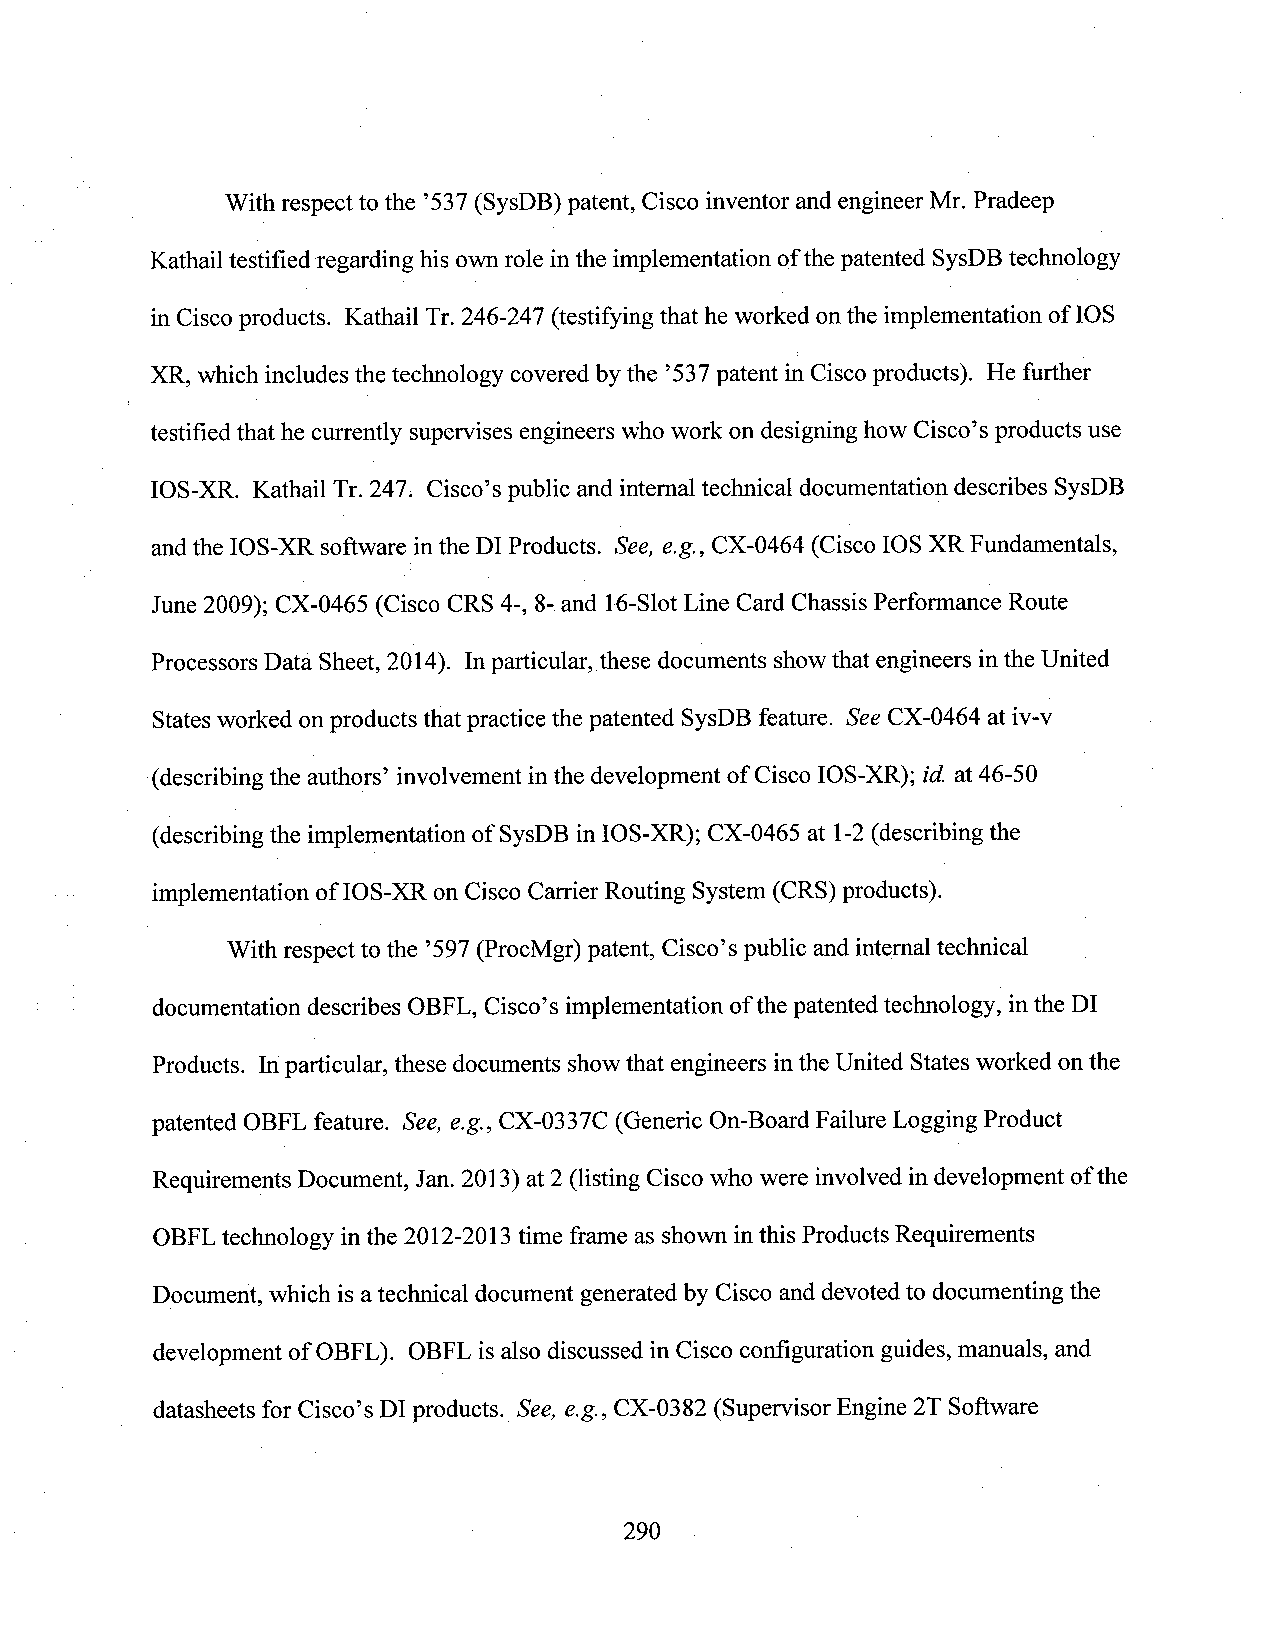
With respect to the ’537(SysDB) patent, Cisco inventor and engineer Mr. Pradeep
 Kathailtestified regarding his ownrole in the implementation ofthe patented SysDB technology
 in Ciscoproducts. Kathail Tr. 246-247 (testifying that he worked onthe implementation of IOS
 XR, which includes the technology covered by the ’537patent in Cisco products). He further
 testified that he currently supervises engineers who work on designinghow Cisco’s products use
 IOS-XR. Kathail Tr. 247. Cisco’s public and internal technical documentation describes SysDB
 andthe IOS-XR software in the DI Products. See, e.g.,CX-0464 (Cisco IOS XR Fundamentals,
 June 2009); CX-0465 (Cisco CRS 4-, 8-and 16-Slot Line Card Chassis Performance Route
 Processors Data Sheet, 2014). Inparticular, these documents showthat engineers in the United
 Statesworked onproducts that practice the patented SysDB feature. SeeCX-0464 at iv-v
 (describing the authors’ involvement in the development of Cisco IOS-XR); id. at 46-50
 (describingthe implementation of SysDB in IOS-XR); CX-0465 at 1-2(describing the
 implementation of IOS-XR on Cisco CarrierRouting System(CRS)products).
 With respect to the ’597 (ProcMgr) patent, Cisco’s public and internal technical _
 documentation describes OBFL, Cisco’s implementation ofthepatented technology, in the DI
 Products. Inparticular, these docmnents showthat engineers inthe United States worked on the
 patented OBFL feature. See, e.g., CX-0337C (Generic On-Board Failure Logging Product
 Requirements Document, Jan. 2013) at2 (listing Cisco who were involved in development ofthe
 OBFLtechnology in the 2012-2013 time frame as shown inthis ProductsRequirements
 Document, which is atechnical document generated by Cisco anddevotedto documenting the
 development of OBFL). OBFLis also discussed in Cisco configuration guides,manuals, and
 datasheets for Cisco’s DI products._See, e.g., CX-0382 (Supervisor Engine 2T Software
 290